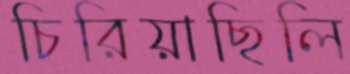
চিরিয়াছিলি